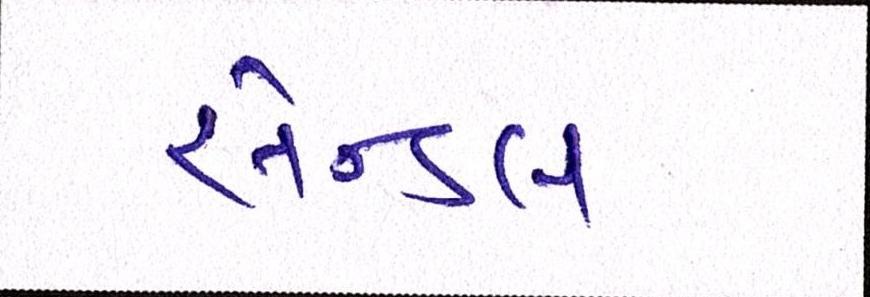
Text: સેન્ડલ